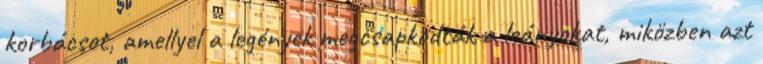
korbácsot, amellyel a legények megcsapkodták a leányokat, miközben azt